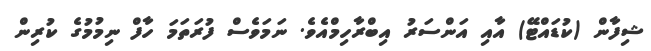
ޝިފާން (ކުޑައްޓޭ) އާއި އަންސަރު އިބްރާހިމްއެވެ. ނަމަވެސް ފުރަތަމަ ހާފް ނިމުމުގެ ކުރިން